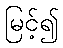
မြင့်၍